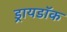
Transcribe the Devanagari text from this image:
ड्रायडॉक